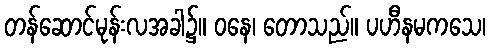
တန်ဆောင်မုန်းလအခါ၌။ ဝနေ၊ တောသည်။ ပဟီနမကသေ၊